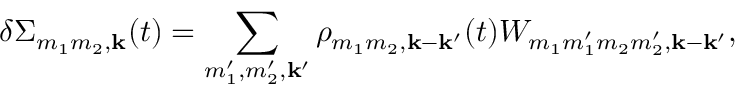
\delta \Sigma _ { m _ { 1 } m _ { 2 } , \mathbf k } ( t ) = \sum _ { m _ { 1 } ^ { \prime } , m _ { 2 } ^ { \prime } , \mathbf { k ^ { \prime } } } \rho _ { m _ { 1 } m _ { 2 } , \mathbf { k } - \mathbf { k ^ { \prime } } } ( t ) W _ { m _ { 1 } m _ { 1 } ^ { \prime } m _ { 2 } m _ { 2 } ^ { \prime } , \mathbf { k } - \mathbf { k ^ { \prime } } } ,